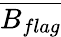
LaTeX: \overline{{B_{flag}}}